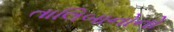
તાલિબાનોનો